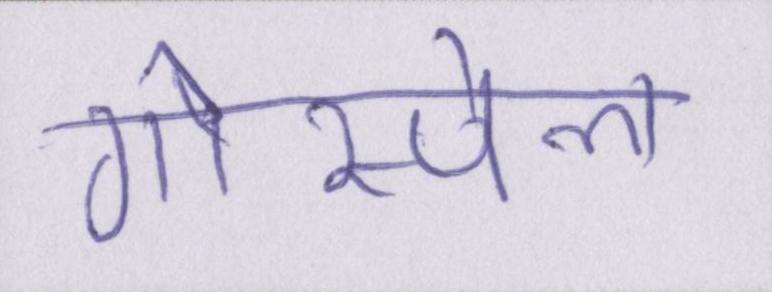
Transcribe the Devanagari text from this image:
गोस्पेल